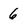
Character: 6